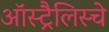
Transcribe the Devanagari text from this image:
ऑस्ट्रैलिस्चे